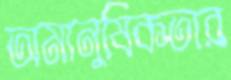
অমানুষিকতার